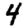
Digit: 4